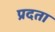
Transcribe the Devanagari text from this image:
प्रदता